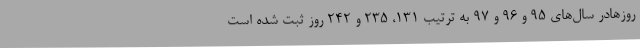
روزهادر سال‌های 95 و 96 و 97 به ترتیب 131، 235 و 242 روز ثبت شده است